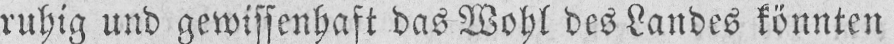
ruhig und gewissenhaft das Wohl des Landes könnten